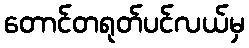
တောင်တရုတ်ပင်လယ်မှ